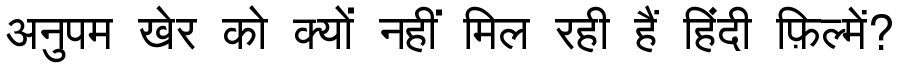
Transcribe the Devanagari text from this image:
अनुपम खेर को क्यों नहीं मिल रही हैं हिंदी फ़िल्में?